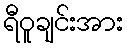
ရီဝူချင်းအား